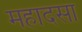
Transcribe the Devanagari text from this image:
महादसा